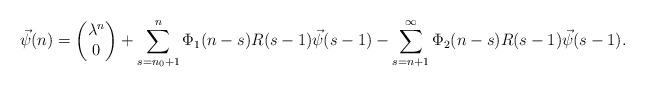
LaTeX: \begin{align*} \vec{\psi}(n)=\begin{pmatrix}\lambda^n\\0\end{pmatrix}+\sum_{s=n_0+1}^n\Phi_1(n-s)R(s-1)\vec{\psi}(s-1)-\sum_{s=n+1}^\infty\Phi_2(n-s)R(s-1)\vec{\psi}(s-1). \end{align*}